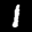
Label: 1